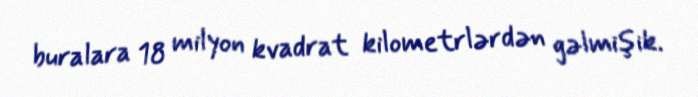
buralara 18 milyon kvadrat kilometrlərdən gəlmişik.